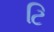
ટિ